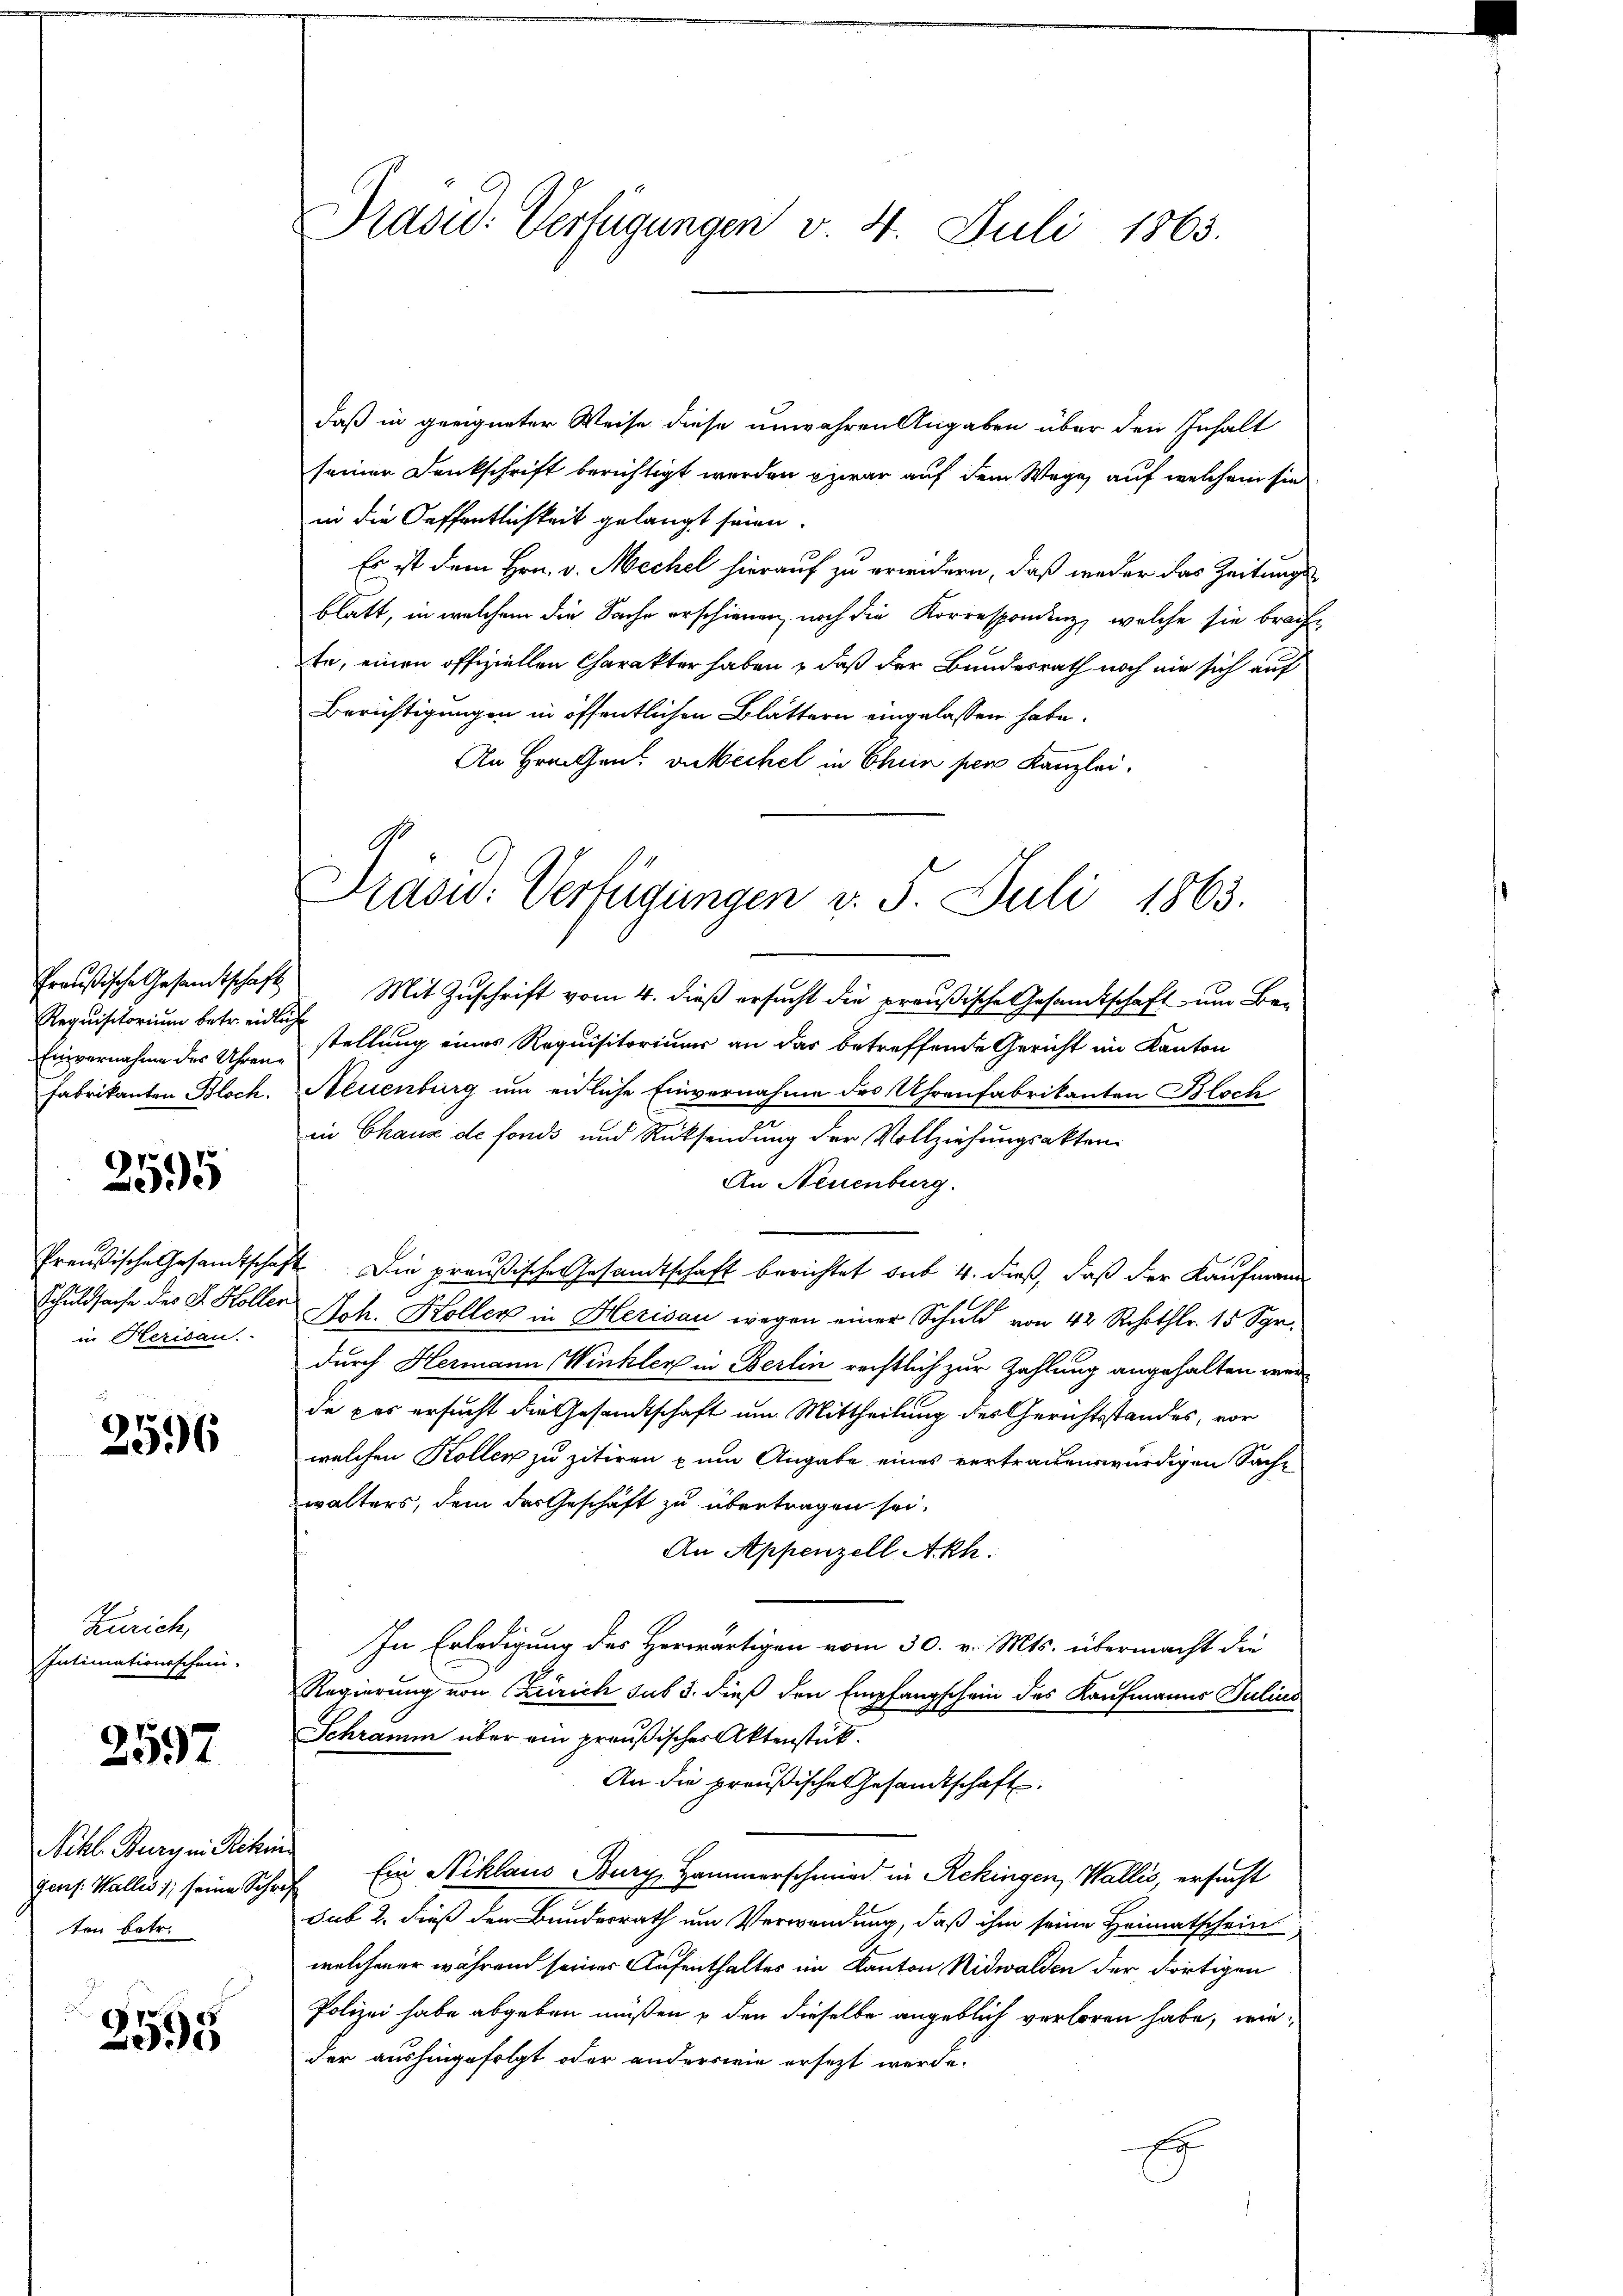
Requisitorium betr. eidliche
Fabrikanton Bloch.

2595

Preußische Gesandtschaf
in Herisau.

2596

Zürich,
Intimationsschein.

2597

Nchl. Burg in Reku
gers. Wallis), seine Sche
ten betr.

2595

Präsid. Verfügungen v. 4. Juli 1863.

daß in geeigneter Weise diese unwahren Angaben über den Inhalt
seiner Dankschrift berichtigt werden zwar auf dem Wege, auf welchem sie
in die Oeffentlichkeit gelangt seien.
Es ist dem Hrn. v. Mechel hierauf zu erwidern, daß weder das Zeitungsblatt, in welchem die Sache erschienen noch die Korrespondenz, welche sie brachte, einen offiziellen Charakter haben, daß der Bundesrath noch nie sich auf
Berichtigungen in öffentlichen Blättern eingelassen habe.
An Hrnntent vntechel in Chun per Kanzlei.
fraŭsische Gesandtschaft Mit Zŭschrift vom 4. dieβ ersucht die preußische Gesandtschaft um Be-
Einvernahme der Uhren stellung eines Requisitoriums an das betreffende Gericht im Kanton
Neuenburg um eidliche Einvernahme des Uhrenfabrikanten Bloch
in Chaux de fonds und Rücksendung der Vollziehungsakten
An Neuenburg:
I Die preußische Gesandtschaft berichtet sub 4. dieß, daß der Kaufmann
Schuldsache des S. Koller Ach. Koller in Herisau wegen einer Schuld von 42 Rchothbr. 15 Spr
durch Hermann Winkler in Berlin rechtlich zur Zahlung angehalten werd
de pas ersucht die Gesamtschaft um Mittheilung des Gerichtsstandes, vor
welchen Kollen zu zitiren zum Angabe eines vertrauenswürdigen Sach-
walters, dem des Geschäft zu übertragen sei.
An Appenzell Akh.
In Erledigung des Herwärtigen vom 30. v. Mts. übermacht die
Regierung von Zürich sub 5. dieß den Empfangschein des Kaufmanns Julius
Schramm über ein preußisches Aktenstück.
An die preußische Gesandtschaft.
e
rf Ein Niklaus Burg, Hammerschmied in Rekingen, Wallis, ersucht
sub 2. dieß den Bundesrath um Verwendung, daß ihm seine Heimatschein
welchener während seiner Aufenthaltes im Kanton Nidwalden der dortigen
Polizei habe abgeben müßen & den dieselbe angeblich verloren habe, wieder aushingefolgt oder anderswie ersezt werde.
.

Präsid. Verfügungen v. 5. Juli 1863.